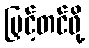
မြှင့်တင်ဖို့